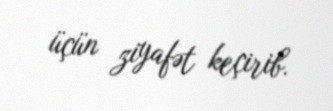
üçün ziyafət keçirib.